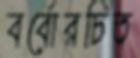
বর্বোরচিত